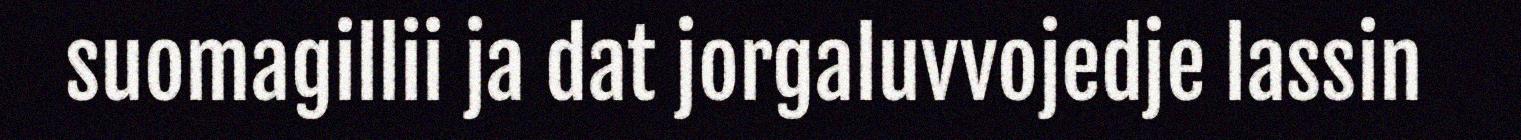
suomagillii ja dat jorgaluvvojedje lassin